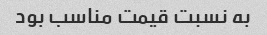
به نسبت قیمت مناسب بود